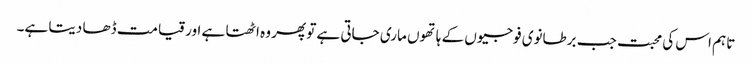
تاہم اس کی محبت جب برطانوی فوجیوں کے ہاتھوں ماری جاتی ہے تو پھر وہ اٹھتا ہے اور قیامت ڈھا دیتا ہے۔